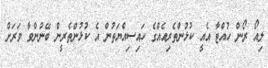
ލިއޯ ރޯން ހުއްޓާ އެއީ ކުޅުންތެރިއެއްގެ ހައިސިއްޔަތުން އެ ކުޅުންތެރީން ބޭނުންވާ ވަރަށް